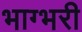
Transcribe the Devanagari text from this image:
भाग्भरी